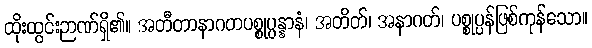
ထိုးထွင်းဉာဏ်ရှိ၏။ အတီတာနာဂတပစ္စုပ္ပန္နာနံ၊ အတိတ်၊ အနာဂတ်၊ ပစ္စုပ္ပန်ဖြစ်ကုန်သော။